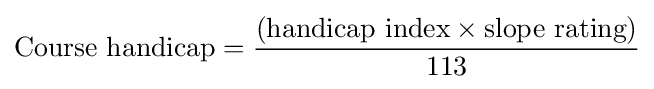
{\mbox{Course handicap}}={\frac {({\mbox{handicap index}}\times {\mbox{slope rating}})}{\mbox{113}}}